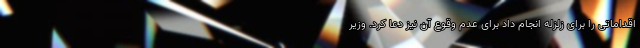
اقداماتی را برای زلزله انجام داد برای عدم وقوع آن نیز دعا کرد. وزیر